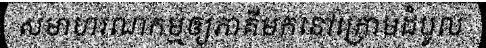
សមាហរណកម្មឲ្យភាគីមកនៅក្រោមដំបូល